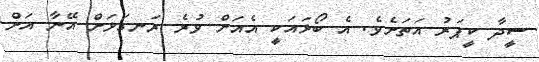
ސީދާ ކީޕަރު އަތަށެވެ. އެ ބޯޅައަކީ އެއަށް ވުރެ ރަނގަޅަށް އޭނާ އަށް